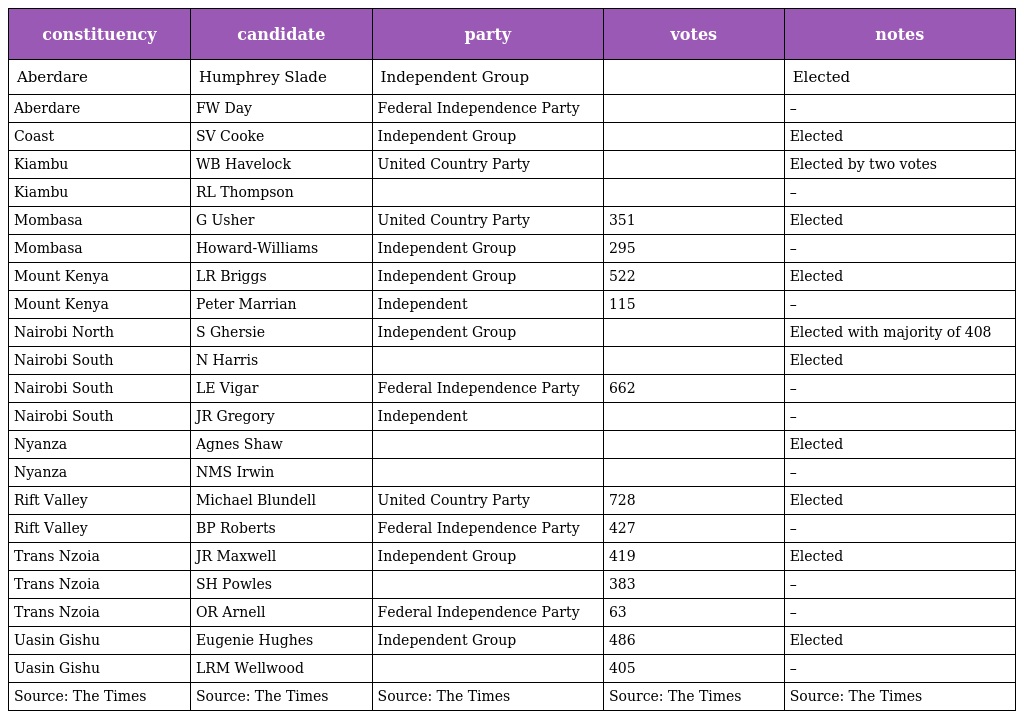
| constituency | candidate | party | votes | notes |
 | --- | --- | --- | --- | --- |
 | Aberdare | Humphrey Slade | Independent Group |  | Elected |
 | Aberdare | FW Day | Federal Independence Party |  | – |
 | Coast | SV Cooke | Independent Group |  | Elected |
 | Kiambu | WB Havelock | United Country Party |  | Elected by two votes |
 | Kiambu | RL Thompson |  |  | – |
 | Mombasa | G Usher | United Country Party | 351 | Elected |
 | Mombasa | Howard-Williams | Independent Group | 295 | – |
 | Mount Kenya | LR Briggs | Independent Group | 522 | Elected |
 | Mount Kenya | Peter Marrian | Independent | 115 | – |
 | Nairobi North | S Ghersie | Independent Group |  | Elected with majority of 408 |
 | Nairobi South | N Harris |  |  | Elected |
 | Nairobi South | LE Vigar | Federal Independence Party | 662 | – |
 | Nairobi South | JR Gregory | Independent |  | – |
 | Nyanza | Agnes Shaw |  |  | Elected |
 | Nyanza | NMS Irwin |  |  | – |
 | Rift Valley | Michael Blundell | United Country Party | 728 | Elected |
 | Rift Valley | BP Roberts | Federal Independence Party | 427 | – |
 | Trans Nzoia | JR Maxwell | Independent Group | 419 | Elected |
 | Trans Nzoia | SH Powles |  | 383 | – |
 | Trans Nzoia | OR Arnell | Federal Independence Party | 63 | – |
 | Uasin Gishu | Eugenie Hughes | Independent Group | 486 | Elected |
 | Uasin Gishu | LRM Wellwood |  | 405 | – |
 | Source: The Times | Source: The Times | Source: The Times | Source: The Times | Source: The Times |